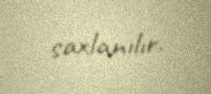
saxlanılır.